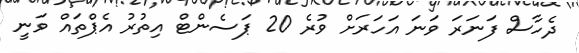
ދެހާސް ފަނަރަ ވަނަ އަހަރަށް ވުރެ 20 ޕަސެންޓް އިތުރު އެޕްތައް ވަނީ